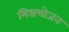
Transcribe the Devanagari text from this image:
मिश्रभोजन